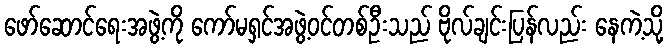
ဖော်ဆောင်ရေးအဖွဲ့ကို ကော်မရှင်အဖွဲ့ဝင်တစ်ဦးသည် ဗိုလ်ချင်းပြန်လည်း နေကဲ့သို့